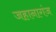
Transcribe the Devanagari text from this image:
जहानागंज